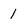
Character: 1